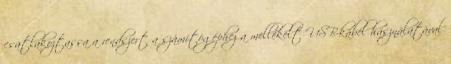
csatlakoztassa a rendszert a számítógéphez a mellékelt USB-kábel használatával